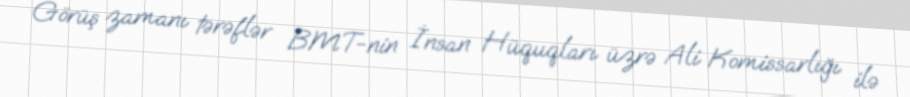
Görüş zamanı tərəflər BMT-nin İnsan Hüquqları üzrə Ali Komissarlığı ilə